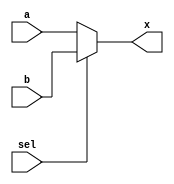
//MODULOS
module MUX2A1(a,b,sel,x);
input [3:0] a,b;
input sel;
output reg [3:0] x;

always@(*)
begin
	if(sel==0)
		x=a;
	else
		x=b;
end
endmodule